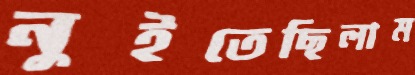
নুইতেছিলাম